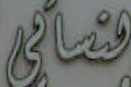
قصائی